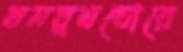
ঘনঘুমঘোরে